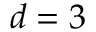
d = 3